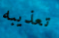
تعذيبه